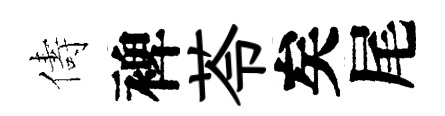
儔裨苓矣尾